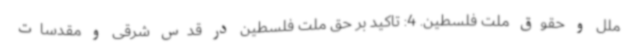
ملل و حقوق ملت فلسطین. 4: تاکید بر حق ملت فلسطین در قدس شرقی و مقدسات